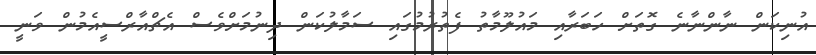
އުނިކަން ނާންނާނެ ގޮތަށް ހަބަރާއި މައުލޫމާތު ފެތުރުމުގައި ސަމާލުކަން ދިނުމަށްވެސް އެޗްއާރްސީއެމުން ވަނީ